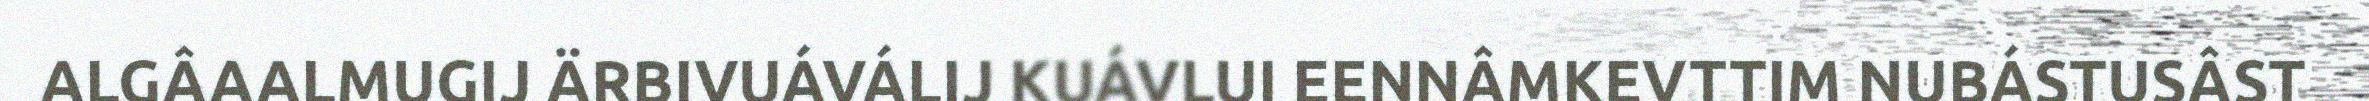
ALGÂAALMUGIJ ÄRBIVUÁVÁLIJ KUÁVLUI EENNÂMKEVTTIM NUBÁSTUSÂST